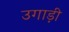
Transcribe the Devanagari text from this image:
उगाड़ी